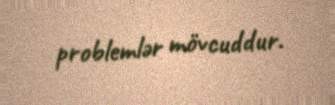
problemlər mövcuddur.